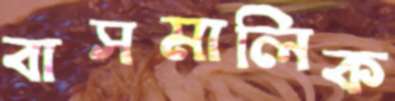
বাসমালিক